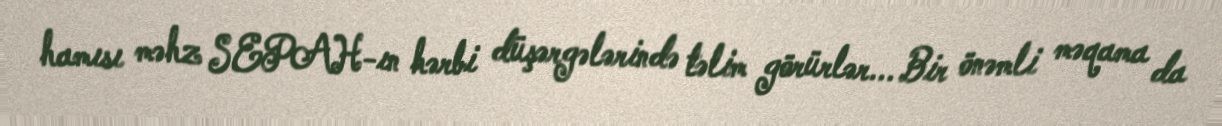
hamısı məhz SEPAH-ın hərbi düşərgələrində təlim görürlər... Bir önəmli məqama da